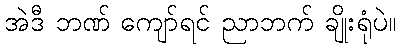
အဲဒီ ဘဏ် ကျော်ရင် ညာဘက် ချိုးရုံပဲ။